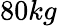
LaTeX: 80kg